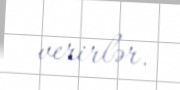
verirlər.